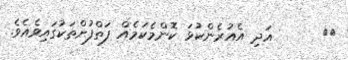
٥٢      އަދި އެއުރެންކުޅަ ކޮންމެކަމެއް ފަތްފުށްތަކުގައިވެއެވެ.